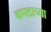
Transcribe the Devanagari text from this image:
कपडाच्या